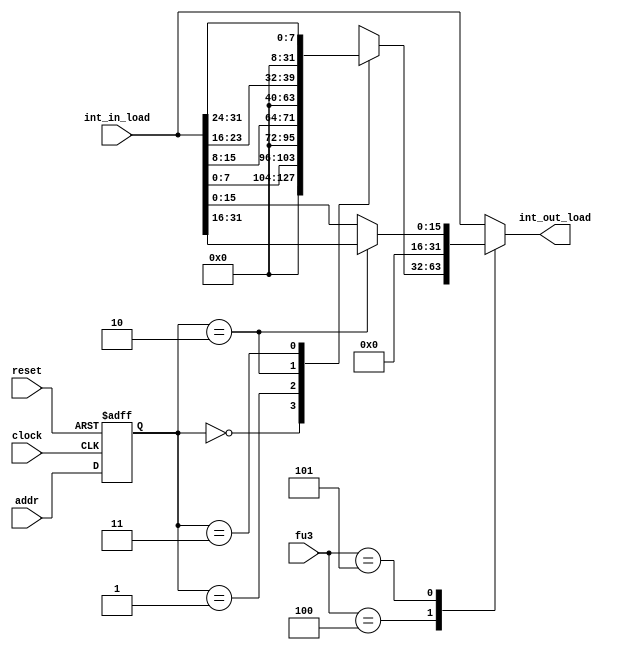

module load_unit(
input clock,reset,
input [31:0] int_in_load,
input [2:0] fu3,
input [1:0]addr,
output reg [31:0] int_out_load
);
reg [1:0]addr_reg;

always@(posedge clock, negedge reset)
begin
    if(!reset)
    addr_reg <= 2'b00;
    else
    addr_reg <= addr;
end

always@(*)
begin
	case(fu3)
		3'd2 : int_out_load <= int_in_load;     						//lw

		3'd4 : case(addr_reg)											//lbu
				 2'd0 : int_out_load <= {24'b0, int_in_load[7:0]};	
				 2'd1 : int_out_load <= {24'b0, int_in_load[15:8]};
				 2'd2 : int_out_load <= {24'b0, int_in_load[23:16]};
				 2'd3 : int_out_load <= {24'b0, int_in_load[31:24]};	
				 default : int_out_load <= {24'b0, int_in_load[7:0]};	
                 endcase

		3'd5 : case(addr_reg)											//lhu	
				 2'd0 : int_out_load <= {16'b0, int_in_load[15:0]};	
				 2'd2 : int_out_load <= {16'b0, int_in_load[31:16]};
				 default : int_out_load <= {16'b0, int_in_load[15:0]};
                 endcase

		default : int_out_load <= int_in_load;
		endcase
end

endmodule